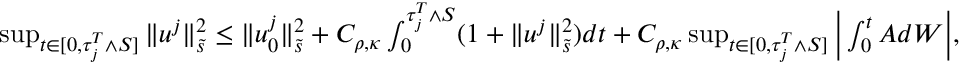
\begin{array} { r } { \operatorname* { s u p } _ { t \in [ 0 , \tau _ { j } ^ { T } \wedge S ] } \| u ^ { j } \| _ { \tilde { s } } ^ { 2 } \leq \| u _ { 0 } ^ { j } \| _ { \tilde { s } } ^ { 2 } + C _ { \rho , \kappa } \int _ { 0 } ^ { \tau _ { j } ^ { T } \wedge S } ( 1 + \| u ^ { j } \| _ { \tilde { s } } ^ { 2 } ) d t + C _ { \rho , \kappa } \operatorname* { s u p } _ { t \in [ 0 , \tau _ { j } ^ { T } \wedge S ] } \Big | \int _ { 0 } ^ { t } A d W \Big | , } \end{array}